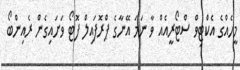
މީހެއްގެ އެކްޓިވް ސްޓޯރީއެއް ވާ ނަމަ އޭނާގެ ޕްރޮފައިލް ފޮޓޯ ވަށައިގެން ރެއިންބޯ